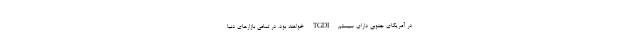
در آمریکای جنوبی دارای سیستم TGDI خواهند بود. در تمامی بازارهای دنیا